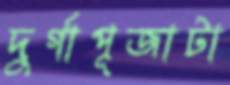
দুর্গাপূজাটা